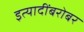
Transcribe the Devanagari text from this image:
इत्यादींबरोबर